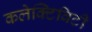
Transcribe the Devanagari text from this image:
कलेक्टिविटी